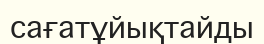
сағатұйықтайды